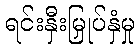
ရင်းနှီးမြှုပ်နှံမှု